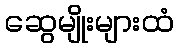
ဆွေမျိုးများထံ